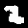
Label: 2